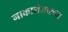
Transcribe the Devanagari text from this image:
नाकाशेजारच्या